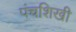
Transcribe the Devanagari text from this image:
पंचशिखी